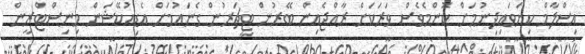
އިސްލާމް ކިޔަވައިދިނުމަށް ކޮންމެވެސް ވަރަކަށް ރާއްޖެއިން ބޭރުން ޓީޗަރުން ގެނައުމަށް އެޑިއުކޭޝަން މިނިސްޓްރީން